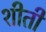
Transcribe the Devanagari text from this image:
शीती